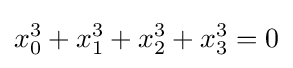
x_{0}^{3}+x_{1}^{3}+x_{2}^{3}+x_{3}^{3}=0